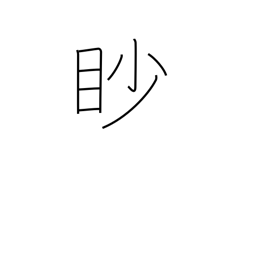
Meaning: squint